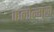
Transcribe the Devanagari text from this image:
फलोन्मुख